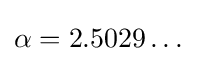
\alpha =2.5029\dots